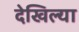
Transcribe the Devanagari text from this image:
देखिल्या